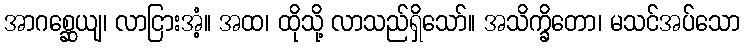
အာဂစ္ဆေယျ၊ လာငြားအံ့။ အထ၊ ထိုသို့ လာသည်ရှိသော်။ အသိက္ခိတော၊ မသင်အပ်သော